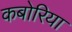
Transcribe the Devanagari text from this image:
कबोरिया